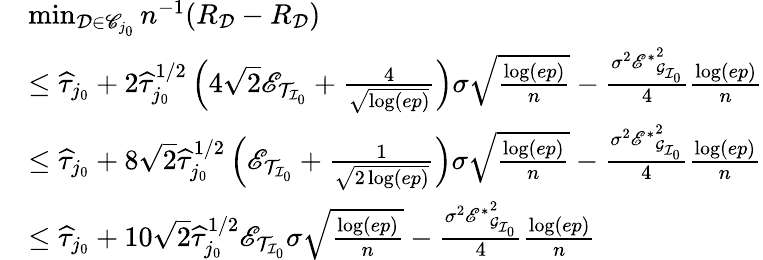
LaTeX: \begin{array}{rl}&{\operatorname*{min}_{\mathcal{D}\in\mathscr{C}_{j_{0}}}n^{-1}(R_{\mathcal{D}}-R_{\mathcal{D}})}\\ &{\leq\widehat{\tau}_{j_{0}}+2\widehat{\tau}_{j_{0}}^{1/2}\left(4\sqrt{2}\mathscr{E}_{\mathcal{T}_{\mathcal{I}_{0}}}+\frac{4}{\sqrt{\log(ep)}}\right)\sigma\sqrt{\frac{\log(ep)}{n}}-\frac{\sigma^{2}{\mathscr{E}^{*}}_{\mathcal{G}_{\mathcal{I}_{0}}}^{2}}{4}\frac{\log(ep)}{n}}\\ &{\leq\widehat{\tau}_{j_{0}}+8\sqrt{2}\widehat{\tau}_{j_{0}}^{1/2}\left(\mathscr{E}_{\mathcal{T}_{\mathcal{I}_{0}}}+\frac{1}{\sqrt{2\log(ep)}}\right)\sigma\sqrt{\frac{\log(ep)}{n}}-\frac{\sigma^{2}{\mathscr{E}^{*}}_{\mathcal{G}_{\mathcal{I}_{0}}}^{2}}{4}\frac{\log(ep)}{n}}\\ &{\leq\widehat{\tau}_{j_{0}}+10\sqrt{2}\widehat{\tau}_{j_{0}}^{1/2}\mathscr{E}_{\mathcal{T}_{\mathcal{I}_{0}}}\sigma\sqrt{\frac{\log(ep)}{n}}-\frac{\sigma^{2}{\mathscr{E}^{*}}_{\mathcal{G}_{\mathcal{I}_{0}}}^{2}}{4}\frac{\log(ep)}{n}}\end{array}